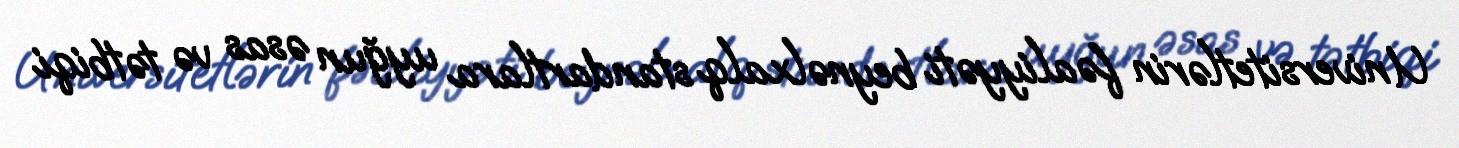
Universitetlərin fəaliyyəti beynəlxalq standartlara uyğun əsas və tətbiqi